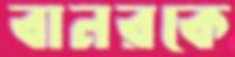
বানরকে